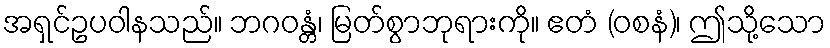
အရှင်ဥပဝါနသည်။ ဘဂဝန္တံ၊ မြတ်စွာဘုရားကို။ ဧတံ (ဝစနံ)၊ ဤသို့သော